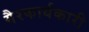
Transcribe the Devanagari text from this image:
गैरकार्यकारी